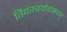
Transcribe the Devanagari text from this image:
तिंगंतचयोवाक्यम्